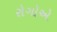
રોગોએ